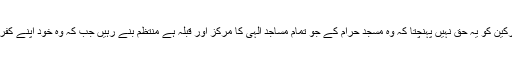
فرمایا کہ مشرکین کو یہ حق نہیں پہنچتا کہ وہ مسجد حرام کے جو تمام مساجد الٰہی کا مرکز اور قبلہ ہے منتظم بنے رہیں جب کہ وہ خود اپنے کفر کے گواہ ہیں۔